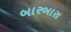
બારબારા